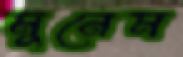
মুনেম